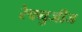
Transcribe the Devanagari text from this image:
रेफ्युजीज